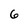
Character: 6